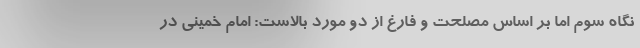
نگاه سوم اما بر اساس مصلحت و فارغ از دو مورد بالاست: امام خمینی در